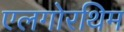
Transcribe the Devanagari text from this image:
एलगोरथिम